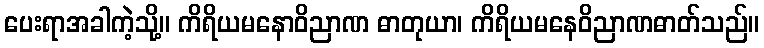
ပေးရာအခါကဲ့သို့။ ကိရိယမနောဝိညာဏ ဓာတုယာ၊ ကိရိယမနေဝိညာဏဓာတ်သည်။